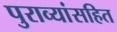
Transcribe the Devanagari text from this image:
पुराव्यांसहित